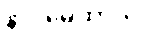
နာဂမေထာတိ